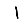
Digit: 1